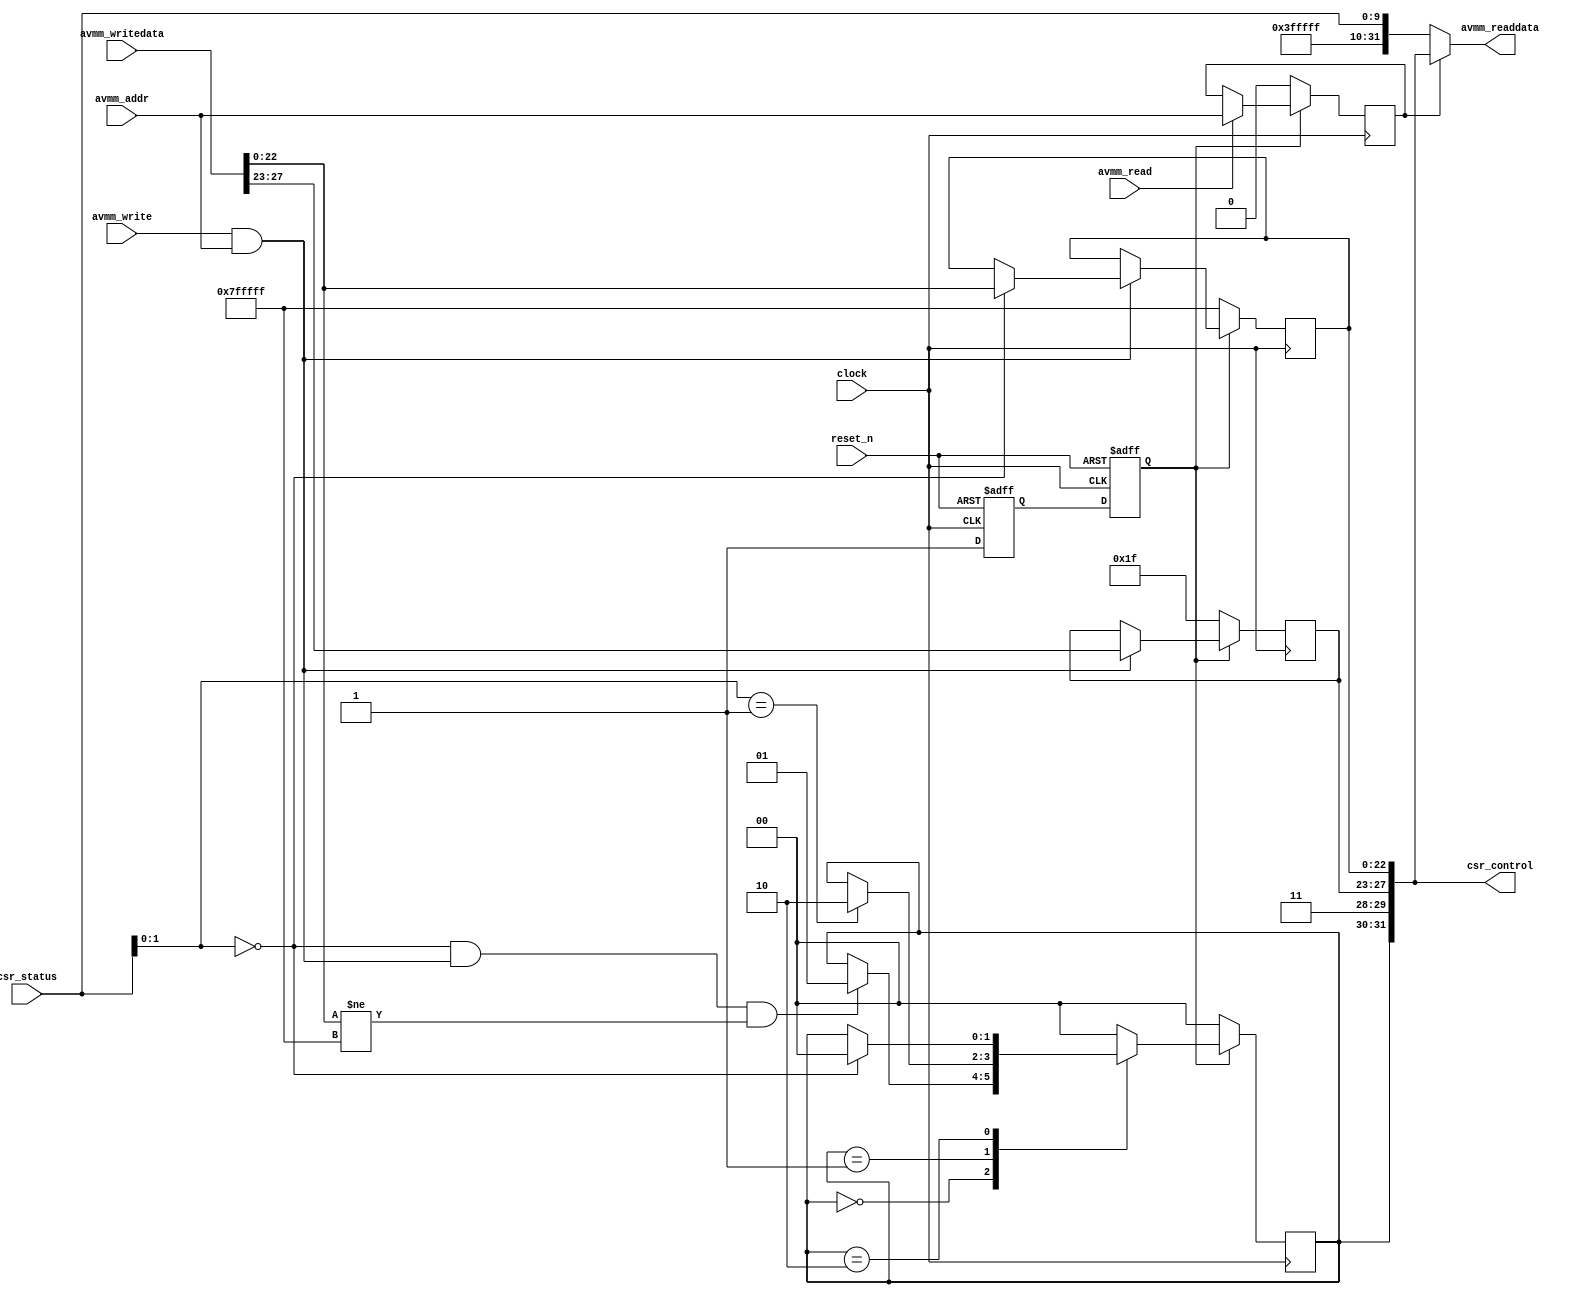
// (C) 2001-2018 Intel Corporation. All rights reserved.
// Your use of Intel Corporation's design tools, logic functions and other 
// software and tools, and its AMPP partner logic functions, and any output 
// files from any of the foregoing (including device programming or simulation 
// files), and any associated documentation or information are expressly subject 
// to the terms and conditions of the Intel Program License Subscription 
// Agreement, Intel FPGA IP License Agreement, or other applicable 
// license agreement, including, without limitation, that your use is for the 
// sole purpose of programming logic devices manufactured by Intel and sold by 
// Intel or its authorized distributors.  Please refer to the applicable 
// agreement for further details.


////////////////////////////////////////////////////////////////////
//
//  ALTERA_ONCHIP_FLASH_AVMM_CSR_CONTROLLER
//
//  Copyright (C) 1991-2013 Altera Corporation
//  Your use of Altera Corporation's design tools, logic functions 
//  and other software and tools, and its AMPP partner logic 
//  functions, and any output files from any of the foregoing 
//  (including device programming or simulation files), and any 
//  associated documentation or information are expressly subject 
//  to the terms and conditions of the Altera Program License 
//  Subscription Agreement, Altera MegaCore Function License 
//  Agreement, or other applicable license agreement, including, 
//  without limitation, that your use is for the sole purpose of 
//  programming logic devices manufactured by Altera and sold by 
//  Altera or its authorized distributors.  Please refer to the 
//  applicable agreement for further details.
//
////////////////////////////////////////////////////////////////////

// synthesis VERILOG_INPUT_VERSION VERILOG_2001

`timescale 1 ps / 1 ps

module altera_onchip_flash_avmm_csr_controller (
	// To/From System
	clock,
	reset_n,

	// To/From Avalon_MM csr slave interface
	avmm_read,
	avmm_write,
	avmm_addr,
	avmm_writedata,
	avmm_readdata,
	
	// To/From Avalon_MM data slave interface
	csr_status,
	csr_control
);

	parameter AVMM_CSR_DATA_WIDTH = 32;

	localparam [1:0]	ERASE_ST_IDLE = 0,
						ERASE_ST_PENDING = 1,
						ERASE_ST_BUSY = 2;

	localparam [1:0]	STATUS_IDLE = 0,
						STATUS_BUSY_ERASE = 1,
						STATUS_BUSY_WRITE = 2,
						STATUS_BUSY_READ = 3;

	// To/From System
	input clock;
	input reset_n;

	// To/From Avalon_MM csr slave interface
	input avmm_read;
	input avmm_write;
	input avmm_addr;
	input [AVMM_CSR_DATA_WIDTH-1:0] avmm_writedata;
	output [AVMM_CSR_DATA_WIDTH-1:0] avmm_readdata;
	
	// To/From Avalon_MM data slave interface
	input [9:0] csr_status;
	output [31:0] csr_control;
	
	reg [22:0] csr_sector_page_erase_addr_reg;
	reg [4:0] csr_wp_mode;
	reg [1:0] csr_erase_state;
	reg csr_control_access;
	reg reset_n_reg1;
	reg reset_n_reg2;

	wire reset_n_w;
	wire is_idle;
	wire is_erase_busy;
	wire valid_csr_erase_addr;
	wire valid_csr_write;
	wire [31:0] csr_control_signal;
	wire [22:0] csr_erase_addr;

	assign is_idle = (csr_status[1:0] == STATUS_IDLE);
	assign is_erase_busy = (csr_status[1:0] == STATUS_BUSY_ERASE);
	assign csr_erase_addr = avmm_writedata[22:0];
	assign valid_csr_erase_addr = (csr_erase_addr != {(23){1'b1}});
	assign valid_csr_write = (avmm_write & avmm_addr);		
	assign csr_control_signal = { csr_erase_state, {(2){1'b1}}, csr_wp_mode, csr_sector_page_erase_addr_reg };
	assign csr_control = csr_control_signal;
	assign avmm_readdata = (csr_control_access) ? csr_control_signal : { {(22){1'b1}}, csr_status[9:0] };

	// avoid async reset removal issue 
	assign reset_n_w = reset_n_reg2;
	
	// Initiate register value for simulation. The initiate value can't be xx
	initial begin
		csr_sector_page_erase_addr_reg <= {(23){1'b1}};
		csr_wp_mode = {(5){1'b1}};
		csr_erase_state = ERASE_ST_IDLE;
		csr_control_access = 1'b0;
		reset_n_reg1 = 1'b0;
		reset_n_reg2 = 1'b0;
	end

	// -------------------------------------------------------------------
	// Avoid async reset removal issue 
	// -------------------------------------------------------------------
	always @ (negedge reset_n or posedge clock) begin
		if (~reset_n) begin
			{reset_n_reg2, reset_n_reg1} <= 2'b0;
		end
		else begin
			{reset_n_reg2, reset_n_reg1} <= {reset_n_reg1, 1'b1};
		end
	end
	
	// -------------------------------------------------------------------
	// Avalon_MM read/write
	// -------------------------------------------------------------------		
	always @ (posedge clock) begin
		
		// synchronous reset
		if (~reset_n_w) begin

			// reset all register
			csr_sector_page_erase_addr_reg <= {(23){1'b1}};
			csr_wp_mode <= {(5){1'b1}};
			csr_erase_state <= ERASE_ST_IDLE;
			csr_control_access <= 1'b0;

		end
		else begin

			// store read address
			if (avmm_read) begin
				csr_control_access <= avmm_addr;
			end
		
			// write control register
			if (valid_csr_write) begin
				csr_wp_mode <= avmm_writedata[27:23];
				if (is_idle) begin 
					csr_sector_page_erase_addr_reg <= avmm_writedata[22:0]; 
				end
			end
		
			// erase control fsm
			case (csr_erase_state)
				ERASE_ST_IDLE:
					if (is_idle && valid_csr_write && valid_csr_erase_addr) begin 
						csr_erase_state <= ERASE_ST_PENDING;
					end
				ERASE_ST_PENDING:
					if (is_erase_busy) begin 
						csr_erase_state <= ERASE_ST_BUSY; 
					end
				ERASE_ST_BUSY:
					if (is_idle) begin
						csr_erase_state <= ERASE_ST_IDLE; 
					end
				default: begin
					csr_erase_state <= ERASE_ST_IDLE;
				end
			endcase
		end
		
	end

endmodule